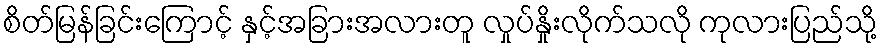
စိတ်မြန်ခြင်းကြောင့် နှင့်အခြားအလားတူ လှုပ်နှိုးလိုက်သလို ကုလားပြည်သို့